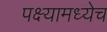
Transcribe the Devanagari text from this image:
पक्ष्यामध्येच